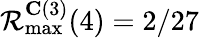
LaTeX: \mathcal{R}_{\operatorname*{max}}^{\mathbf{C}(3)}(4)=2/27